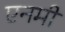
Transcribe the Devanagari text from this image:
एनमी